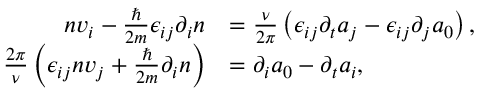
\begin{array} { r l } { n v _ { i } - \frac { \hbar } { 2 m } \epsilon _ { i j } \partial _ { i } n } & { = \frac { \nu } { 2 \pi } \left( \epsilon _ { i j } \partial _ { t } a _ { j } - \epsilon _ { i j } \partial _ { j } a _ { 0 } \right) , } \\ { \frac { 2 \pi } { \nu } \left( \epsilon _ { i j } n v _ { j } + \frac { \hbar } { 2 m } \partial _ { i } n \right) } & { = \partial _ { i } a _ { 0 } - \partial _ { t } a _ { i } , } \end{array}